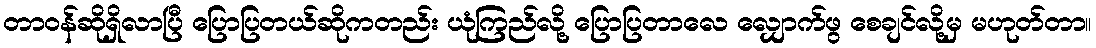
တာဝန်ဆိုရှိလာပြီ ပြောပြတယ်ဆိုကတည်း ယုံကြည်လို့ ပြောပြတာလေ လျှောက်ဖွ စေချင်လို့မှ မဟုတ်တာ။